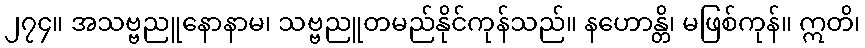
၂၇၄။ အသဗ္ဗညူနောနာမ၊ သဗ္ဗညူတမည်နိုင်ကုန်သည်။ နဟောန္တိ၊ မဖြစ်ကုန်။ ဣတိ၊